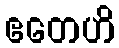
ဧတေဟိ